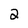
Character: 2